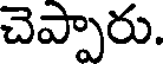
చెప్పారు.